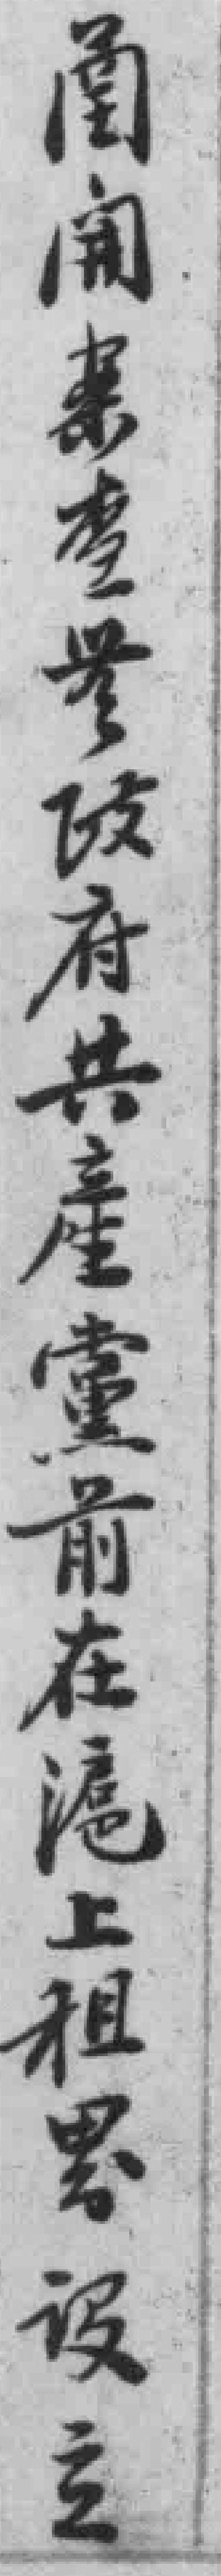
*開來查誉政府共產黨前在滬上租界设立